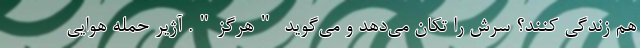
هم زندگی کنند؟ سرش را تکان می‌دهد و می‌گوید "هرگز". آژیر حمله هوایی